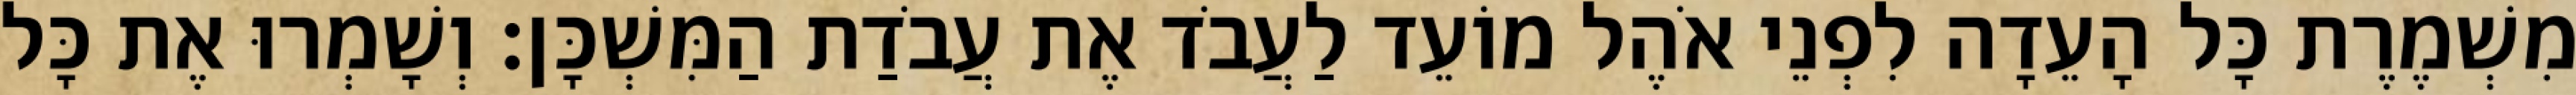
מִשְׁמֶרֶת כָּל הָעֵדָה לִפְנֵי אֹהֶל מוֹעֵד לַעֲבֹד אֶת עֲבֹדַת הַמִּשְׁכָּן׃ וְשָׁמְרוּ אֶת כָּל